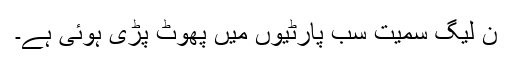
ن لیگ سمیت سب پارٹیوں میں پھوٹ پڑی ہوئی ہے۔